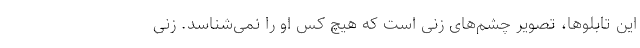
این تابلوها، تصویر چشم‌های زنی است که هیچ کس او را نمی‌شناسد. زنی